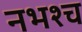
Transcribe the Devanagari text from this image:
नभश्च